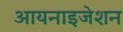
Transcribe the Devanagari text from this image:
आयनाइजेशन